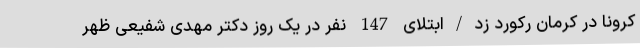
کرونا در کرمان رکورد زد/ابتلای 147 نفر در یک روز دکتر مهدی شفیعی ظهر